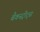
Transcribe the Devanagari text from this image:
बैकस्ट्रीट्स